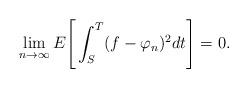
LaTeX: \begin{align*}\lim_{n \rightarrow \infty} E\Bigg[ \int^T_S ( f - \varphi_n)^2 dt \Bigg] = 0.\end{align*}